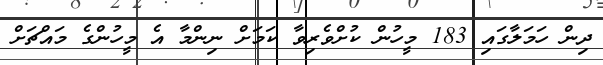
ދިން ހަމަލާގައި 183 މީހުން ކުށްވެރިވާ ކަމަށް ނިންމާ އެ މީހުންގެ މައްޗަށް